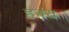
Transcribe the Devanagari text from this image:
हवंय